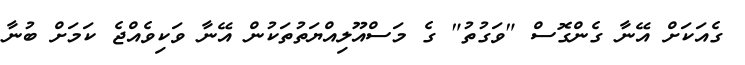
ގެއަކަށް އޭނާ ގެންގޮސް "ވަގުތު" ގެ މަސްއޫލިއްޔަތުތަކުން އޭނާ ވަކިވެއްޖެ ކަމަށް ބުނާ